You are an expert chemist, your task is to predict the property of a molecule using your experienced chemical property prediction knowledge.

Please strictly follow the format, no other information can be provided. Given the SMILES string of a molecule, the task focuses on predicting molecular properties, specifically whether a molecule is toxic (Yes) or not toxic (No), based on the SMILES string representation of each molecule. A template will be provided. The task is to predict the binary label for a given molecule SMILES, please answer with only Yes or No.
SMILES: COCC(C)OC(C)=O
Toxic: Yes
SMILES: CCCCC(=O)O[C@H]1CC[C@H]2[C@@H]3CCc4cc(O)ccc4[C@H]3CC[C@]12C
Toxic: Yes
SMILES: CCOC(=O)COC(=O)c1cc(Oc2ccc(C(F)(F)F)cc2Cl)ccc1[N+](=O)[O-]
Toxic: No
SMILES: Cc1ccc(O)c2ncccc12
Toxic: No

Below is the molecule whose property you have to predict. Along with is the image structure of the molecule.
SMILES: CC(=O)C(C)(C)C
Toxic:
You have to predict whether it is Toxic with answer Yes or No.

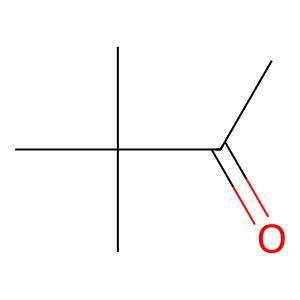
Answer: No